Vaccination report Assam 1896-1927 - 1896-1927
Year: 1896
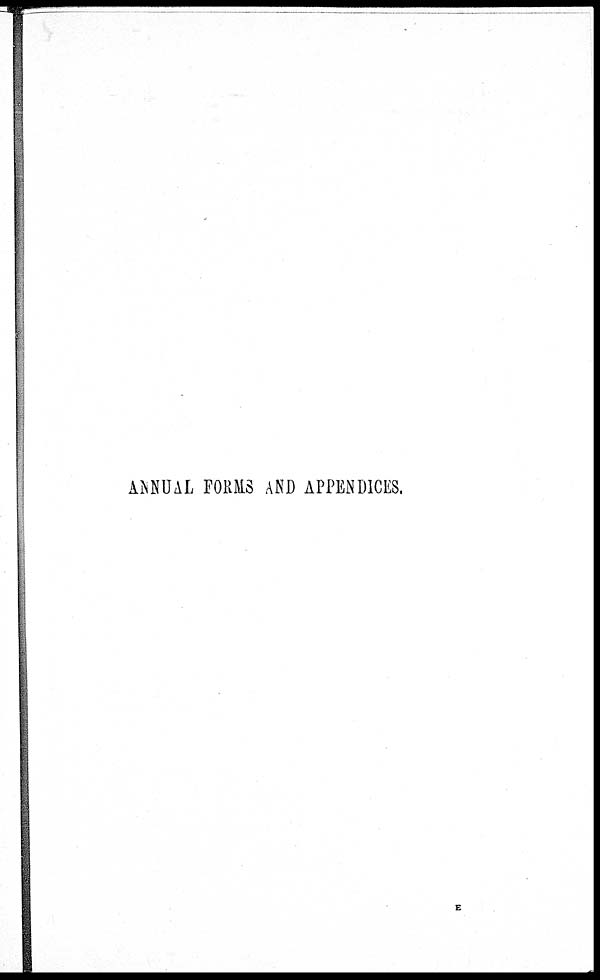
ANNUAL FORMS AND APPENDICES.
E